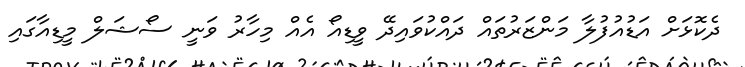
ދެކޮޅަށް އަޑުއުފުލާ މަންޒަރުތައް ދައްކުވައިދޭ ވީޑިއޯ އެއް މިހާރު ވަނީ ސޯޝަލް މީޑިއާގައި